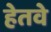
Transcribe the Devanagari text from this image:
हेतवे